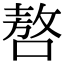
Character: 嗸